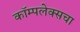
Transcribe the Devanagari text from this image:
कॉम्पलेक्सचा